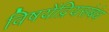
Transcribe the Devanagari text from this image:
विषयेंद्रियसंबंध